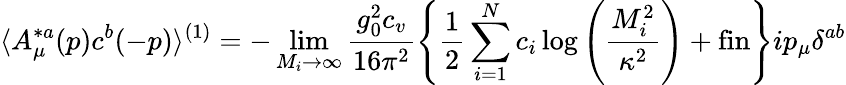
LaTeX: \langle A_{\mu}^{*a}(p)c^{b}(-p)\rangle^{(1)}=-\operatorname*{lim}_{M_{i}\rightarrow\infty}\frac{g_{0}^{2}c_{v}}{16\pi^{2}}\left\{ \frac{1}{2}\sum_{i=1}^{N}c_{i}\log\left(\frac{M_{i}^{2}}{\kappa^{2}}\right)+\mathrm{fin}\right\} ip_{\mu}\delta^{ab}